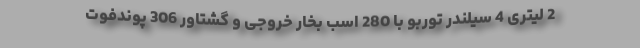
2 لیتری 4 سیلندر توربو با 280 اسب بخار خروجی و گشتاور 306 پوندفوت